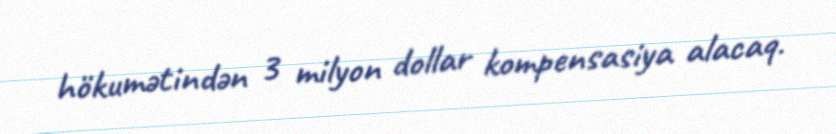
hökumətindən 3 milyon dollar kompensasiya alacaq.